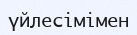
үйлесімімен